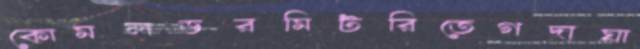
কোমলডরমিটরিতেগদাঘা